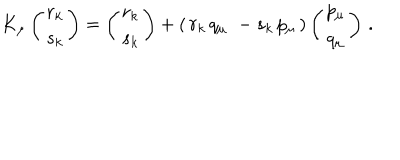
K _ { \mu } \left( \begin{matrix} { { r _ { k } } } \\ { { s _ { k } } } \\ \end{matrix} \right) = \left( \begin{matrix} { { r _ { k } } } \\ { { s _ { k } } } \\ \end{matrix} \right) + ( \, r _ { k } \, q _ { \mu } \, \, - s _ { k } \, p _ { \mu } \, ) \left( \begin{matrix} { { p _ { \mu } } } \\ { { q _ { \mu } } } \\ \end{matrix} \right) \, .